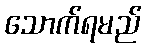
သောက်ရမည်